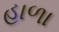
હાળા